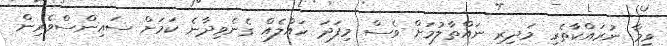
ވީމާ ނުރައްކާތެރި މަދިރި ނައްތާލުމަށް ވެސް މިފަދަ ހައްލެއް ގެނެވިދާނެ ކަމަށް ސައިންސްވެރިން